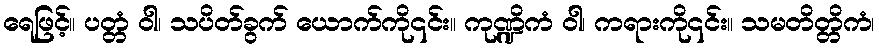
ရေဖြင့်။ ပတ္တံ ဝါ၊ သပိတ်ခွက် ယောက်ကို၎င်း။ ကုဏ္ဍိကံ ဝါ၊ ကရားကို၎င်း။ သမတိတ္တိကံ၊